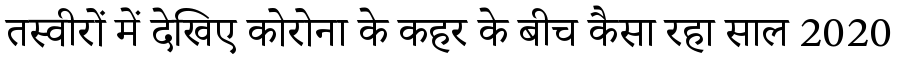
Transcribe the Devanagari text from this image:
तस्वीरों में देखिए कोरोना के कहर के बीच कैसा रहा साल 2020